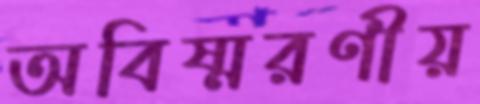
অবিষ্মরণীয়